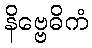
နိဗ္ဗေဓိကံ